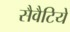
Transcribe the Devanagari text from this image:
सैवैटिये